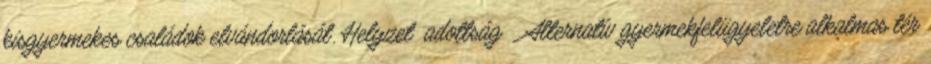
kisgyermekes családok elvándorlását. Helyzet adottság ▪Alternatív gyermekfelügyeletre alkalmas tér